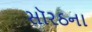
સૉરઠના